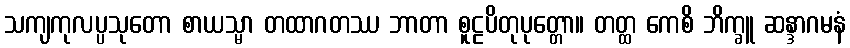
သကျကုလပ္ပသုတော စာယသ္မာ တထာဂတဿ ဘာတာ စူဠပိတုပုတ္တော။ တတ္ထ ကေစိ ဘိက္ခူ ဆန္ဒာဂမနံ